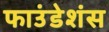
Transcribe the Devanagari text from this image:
फाउंडेशंस